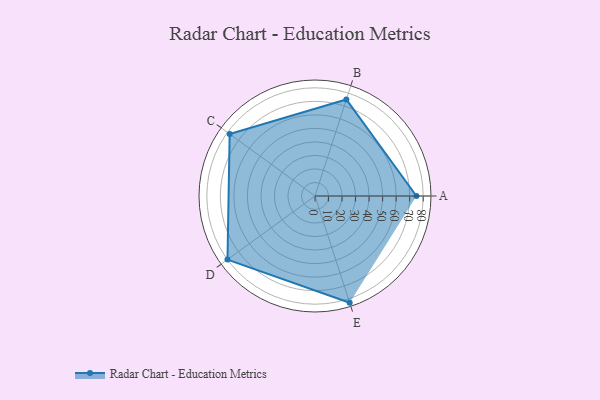
{"axis": {"x": "Skill", "y": "Score"}, "legend": ["Profile"], "data": [{"x": "A", "y": 75.0, "type": "Profile"}, {"x": "B", "y": 75.0, "type": "Profile"}, {"x": "C", "y": 78.0, "type": "Profile"}, {"x": "D", "y": 80.0, "type": "Profile"}, {"x": "E", "y": 83.0, "type": "Profile"}]}